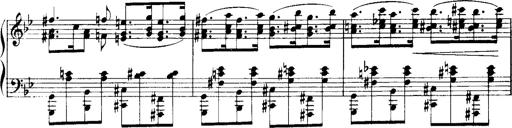
Title: Historische ungarische Bildnisse
Composer: Franz Liszt